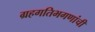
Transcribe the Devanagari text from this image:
ग्रहगतिभगणांची